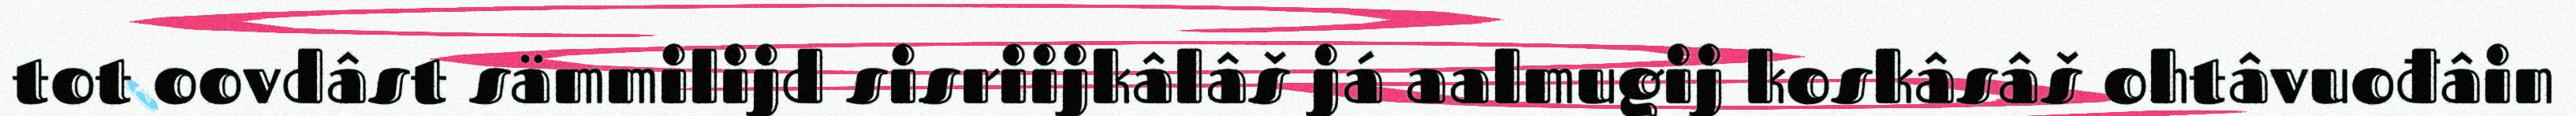
tot oovdâst sämmilijd sisriijkâlâš já aalmugij koskâsâš ohtâvuođâin